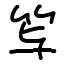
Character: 𥫣